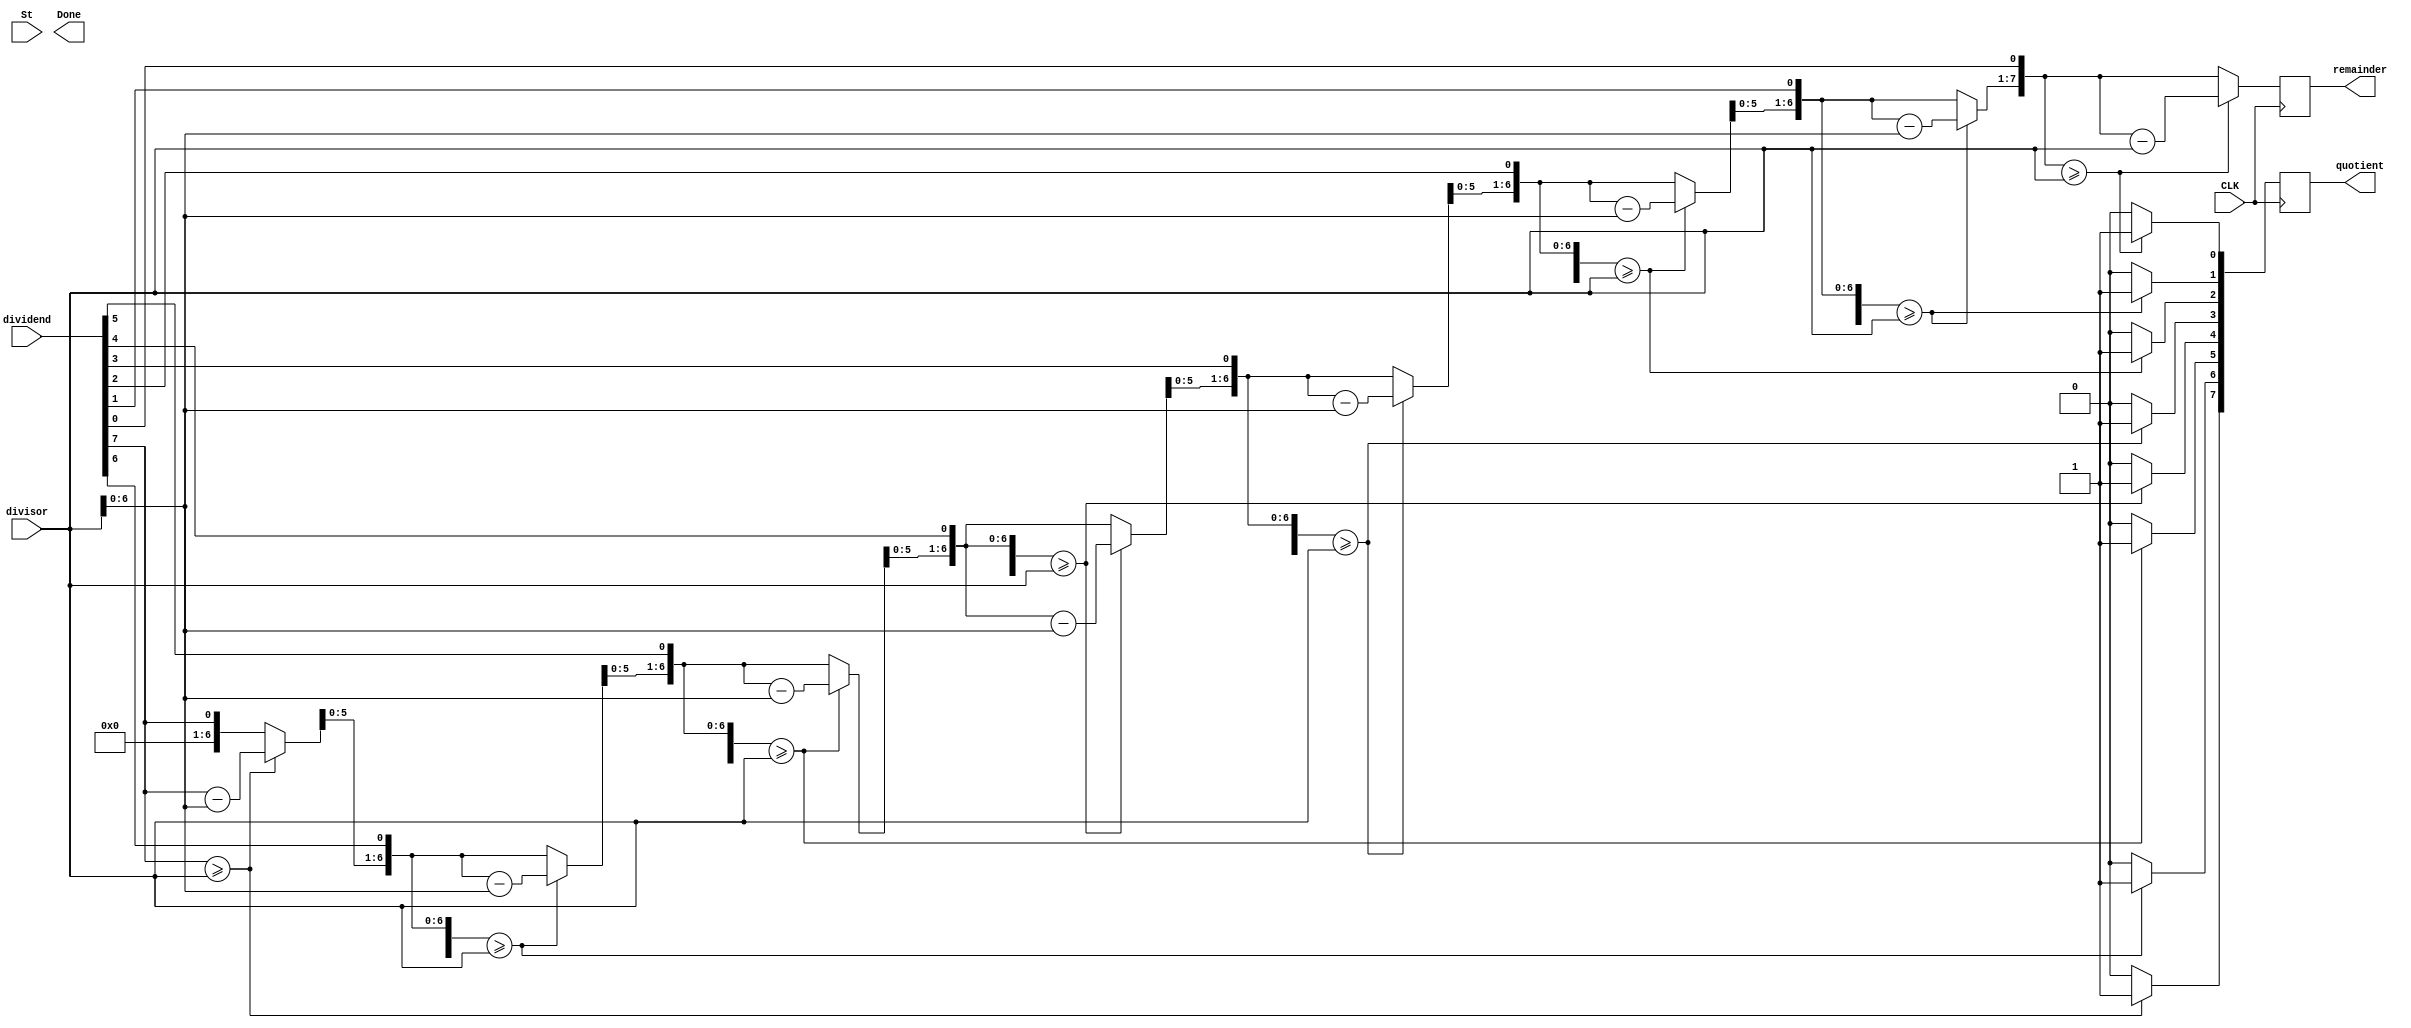
`timescale 1ns / 1ps

module Divider
(
	input CLK, St,
    input [7:0] dividend,
    input [7:0] divisor,
    output [7:0] quotient, 
    output [7:0] remainder, 
    output Done 
);

integer i;
reg [7:0] diff; 

reg [7:0] qu;
reg [7:0] rem;

assign remainder [7:0] = rem[7:0];
assign quotient [7:0] = qu[7:0];

always @(posedge CLK) begin
	rem [7:0] = 8'b0; 
	qu [7:0] = dividend[7:0]; 
	
	for (i=0;i<=7;i=i+1)
	begin
		rem = rem<<1;
		rem[0] = qu[7];
		qu = qu<<1;
		qu[0] = 1'b0;
	
		if ( rem >= divisor) 
		begin
			rem = rem-divisor;
			qu[0] = 1'b1;
		end
	end
end 

endmodule